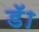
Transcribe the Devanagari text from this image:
डॅा